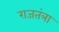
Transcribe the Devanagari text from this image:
राजतंत्रा